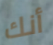
أنك